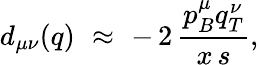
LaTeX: d_{\mu\nu}(q)\, \, \approx\, \, -\, 2\, \frac{p_{B}^{\mu}q_{T}^{\nu}}{x\, s},